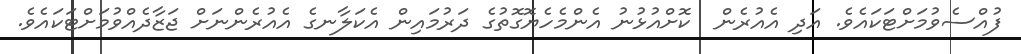
ފުއްސެވުމަށްޓަކައެވެ. އަދި އެއުރެން  ކޮށްއުޅުނު އެންމެހެޔޮގޮތުގެ ދަރުމައިން އެކަލާނގެ އެއުރެންނަށް ޖަޒާދެއްވުމަށްޓަކައެވެ.